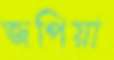
জপিয়া